Report on the lunatic asylums in Bengal - 1862-
Year: 1862
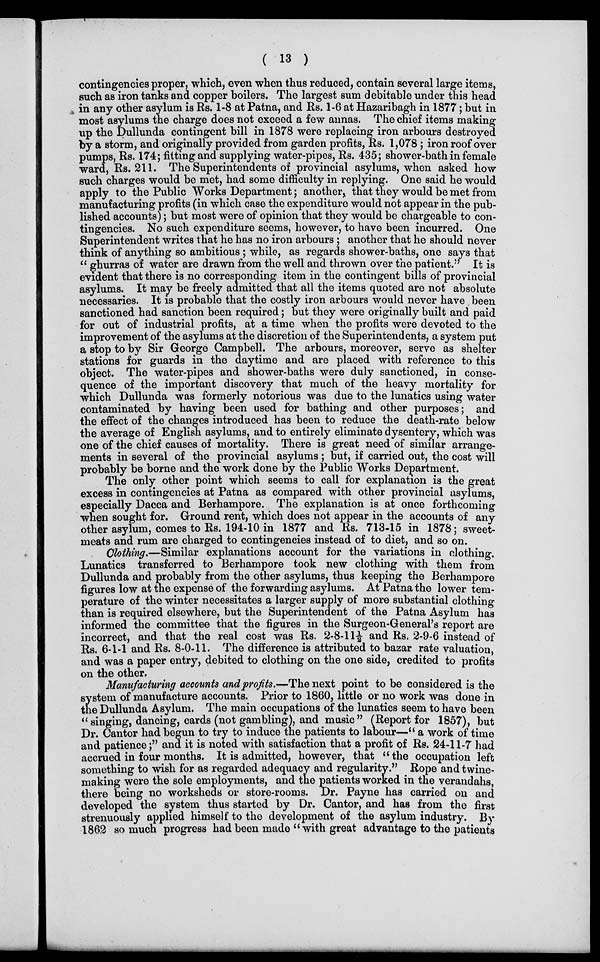
( 13 )
contingencies proper, which, even when thus reduced, contain several large items,
such as iron tanks and copper boilers. The largest sum debitable under this head
in any other asylum is Rs. 1-8 at Patna, and Rs. 1-6 at Hazaribagh in 1877; but in
most asylums the charge does not exceed a few annas. The chief items making
up the Dullunda contingent bill in 1878 were replacing iron arbours destroyed
by a storm, and originally provided from garden profits, Rs. 1,078 ; iron roof over
pumps, Rs. 174; fitting and supplying water-pipes, Rs. 435; shower-bath in female
ward, Rs. 211. The Superintendents of provincial asylums, when asked how
such charges would be met, had some difficulty in replying. One said he would
apply to the Public Works Department; another, that they would be met from
manufacturing profits (in which case the expenditure would not appear in the pub-
lished accounts); but most were of opinion that they would be chargeable to con-
tingencies. No such expenditure seems, however, to have been incurred. One
Superintendent writes that he has no iron arbours ; another that he should never
think of anything so ambitious ; while, as regards shower-baths, one says that
" ghurras of water are drawn from the well and thrown over the patient." It is
evident that there is no corresponding item in the contingent bills of provincial
asylums. It may be freely admitted that all the items quoted are not absolute
necessaries. It is probable that the costly iron arbours would never have been
sanctioned had sanction been required; but they were originally built and paid
for out of industrial profits, at a time when the profits were devoted to the
improvement of the asylums at the discretion of the Superintendents, a system put
a stop to by Sir George Campbell. The arbours, moreover, serve as shelter
stations for guards in the daytime and are placed with reference to this
object. The water-pipes and shower-baths were duly sanctioned, in conse-
quence of the important discovery that much of the heavy mortality for
which Dullunda was formerly notorious was due to the lunatics using water
contaminated by having been used for bathing and other purposes; and
the effect of the changes introduced has been to reduce the death-rate below
the average of English asylums, and to entirely eliminate dysentery, which was
one of the chief causes of mortality. There is great need of similar arrange-
ments in several of the provincial asylums ; but, if carried out, the cost will
probably be borne and the work done by the Public Works Department.
The only other point which seems to call for explanation is the great
excess in contingencies at Patna as compared with other provincial asylums,
especially Dacca and Berhampore. The explanation is at once forthcoming
when sought for. Ground rent, which does not appear in the accounts of any
other asylum, comes to Rs. 194-10 in 1877 and Rs. 713-15 in 1878; sweet-
meats and rum are charged to contingencies instead of to diet, and so on.
Clothing.—Similar explanations account for the variations in clothing.
Lunatics transferred to Berhampore took new clothing with them from
Dullunda and probably from the other asylums, thus keeping the Berhampore
figures low at the expense of the forwarding asylums. At Patna the lower tem-
perature of the winter necessitates a larger supply of more substantial clothing
than is required elsewhere, but the Superintendent of the Patna Asylum has
informed the committee that the figures in the Surgeon-General's report are
incorrect, and that the real cost was Rs. 2-8-11½ and Rs. 2-9-6 instead of
Rs. 6-1-1 and Rs. 8-0-11. The difference is attributed to bazar rate valuation,
and was a paper entry, debited to clothing on the one side, credited to profits
on the other.
Manufacturing accounts and profits.—The next point to be considered is the
system of manufacture accounts. Prior to 1860, little or no work was done in
the Dullunda Asylum. The main occupations of the lunatics seem to have been
" singing, dancing, cards (not gambling), and music" (Report for 1857), but
Dr. Cantor had begun to try to induce the patients to labour—" a work of time
and patience;" and it is noted with satisfaction that a profit of Rs. 24-11-7 had
accrued in four months. It is admitted, however, that " the occupation left
something to wish for as regarded adequacy and regularity." Rope and twine-
making were the sole employments, and the patients worked in the verandahs,
there being no worksheds or store-rooms. Dr. Payne has carried on and
developed the system thus started by Dr. Cantor, and has from the first
strenuously applied himself to the development of the asylum industry. By
1862 so much progress had been made " with great advantage to the patients